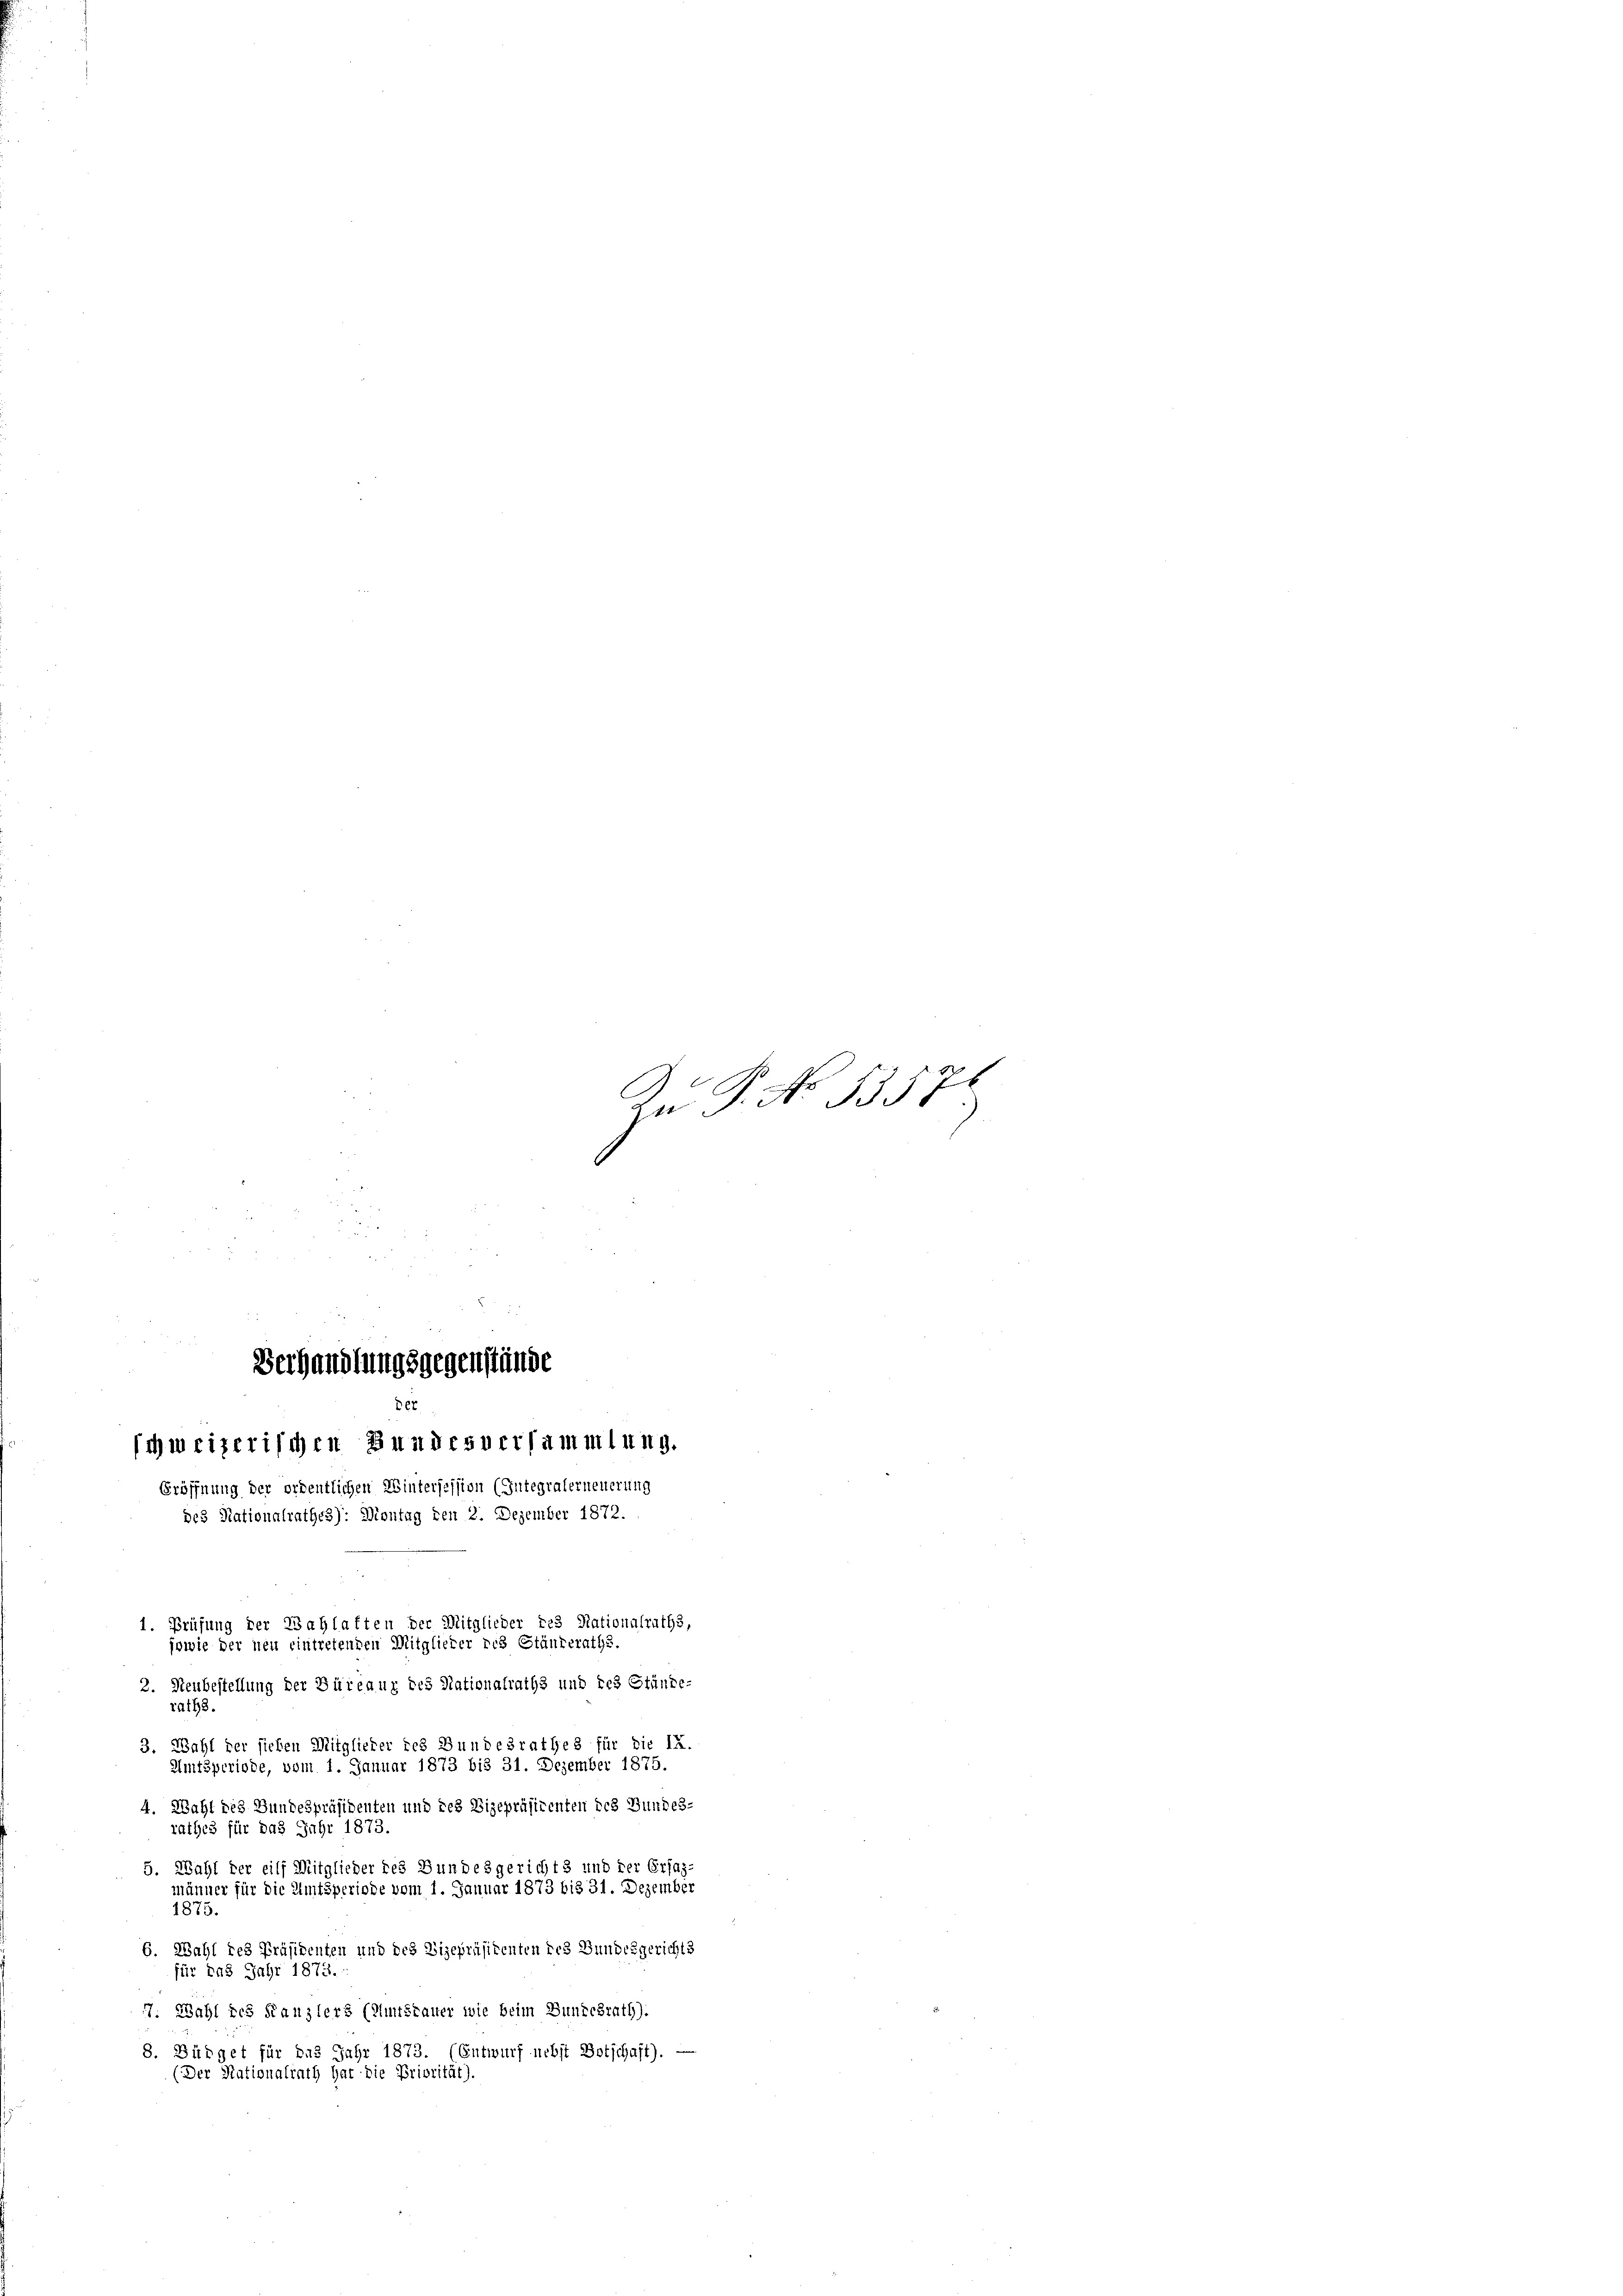
Verhandlungsgegenstände
¬
schweizerischen Bundesversammlung.
Eröffnung der ordentlichen Wintersession (Integraferneuerung
des Nationalrathes): Montag den 2. Dezember 1872.
1. Prüfung der Wahlaften der Mitglieder des Nationalraths,
jowie der neu eintretenden Mitglieder des Ständeraths-
2. Neubestellung der Büreaux des Nationalraths und res Stände-

zu S. No. 5351.
2

der

raths.
3. Wahl der sichen Mitglieder des Bundesrathes für die IX.
Amtsperiode, vom 1. Januar 1873 bis 31. Dezember 1875.
4. Wahl des Bundespräsidenten und des Vizepräsidenten des Bundes-
rathes für das Jahr 1873.
5. Wahl der eilf Mitglieder des Bundesgerichts und der Ersaz-
männer für die Amtsperiode vom 1. Januar 1873 bis 31. Dezember
1875
6. Wahl des Präsidenten und des Vizepräsidenten des Bundesgerichts
für das Jahr 1873.
17. Wahl des Kanzlers (Amtsdauer wie beim Bundesrath).
8. Büdget für das Jahr 1873. (Entwurf nebst Botschaft). —
(Der Stationalrath hat die Priorität).